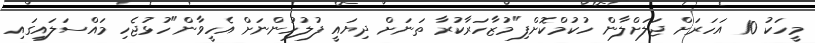
މީހަކު 10 އަހަރަށް ޖަލަށްލާން ހުކުމްކޮށްފި"މުޒާހަރާކުރާ ތަނަށް ދިޔައީ ފުލުހުންނަށް އެހީވާން"ހުޅުޖެހި މައްސަލައިގައި